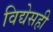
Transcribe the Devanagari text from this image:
विद्येसही